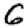
Digit: 6